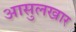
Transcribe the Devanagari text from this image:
आसुलखार